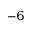
^ { - 6 }